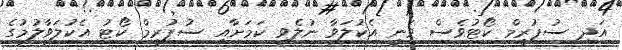
އަދި ސުޕުރީމް ކޯޓުވެސް ވަނީ އެކުލަވާ ނުލެވި ކަމަށާއި ސުޕުރީމް ކޯޓު އެކުލަވާލުމުގެ